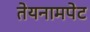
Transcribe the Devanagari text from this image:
तेयनामपेट